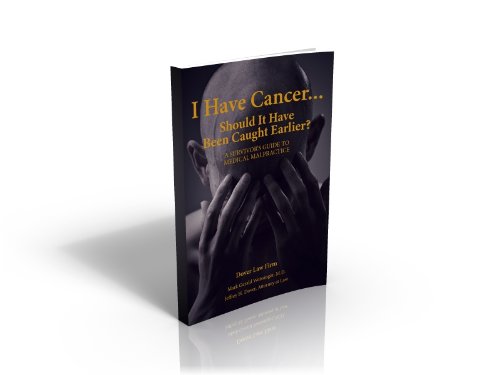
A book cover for I Have Cancer: A Survivor's Guide to Medical Malpractice; Jeffrey H. Dover; Law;